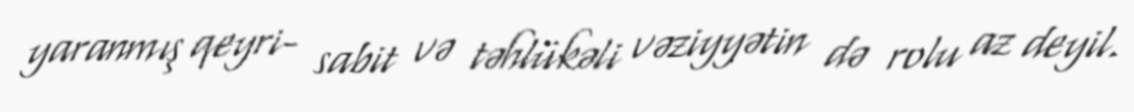
yaranmış qeyri- sabit və təhlükəli vəziyyətin də rolu az deyil.